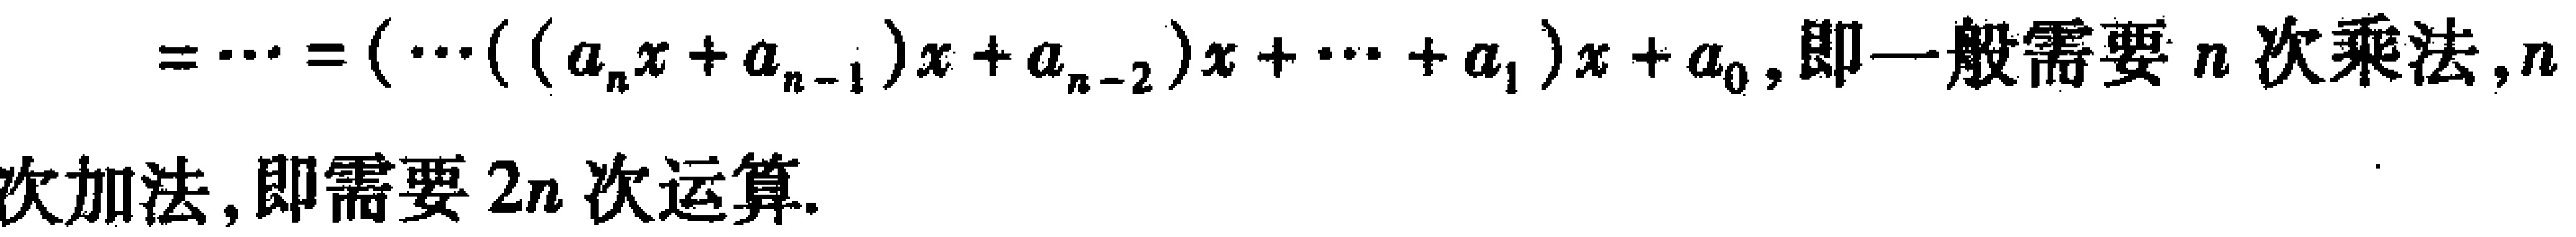
\(=\cdots=(\cdots((a_{n}x + a_{n - 1})x + a_{n - 2})x+\cdots + a_{1})x + a_{0},即一般需要n次乘法,n次加法,即需要2n次运算.\)